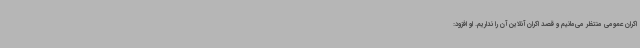
اکران عمومی منتظر می‌مانیم و قصد اکران آنلاین آن را نداریم. او افزود: